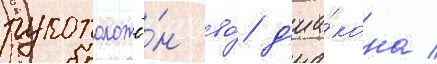
рукоположё́н во́ д'иа́кона /